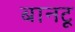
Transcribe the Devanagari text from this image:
बानटू